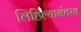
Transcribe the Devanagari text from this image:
लिहिल्यानंतरच